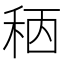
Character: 䄼